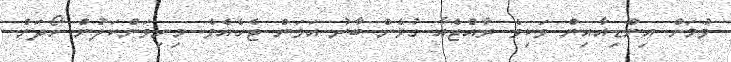
ވުމަށް އިންޑިއާއިން ވަކިވެ ރާއްޖެއާ ގުޅެން ބާރު އަޅަން ޖެހެއެވެ. މިނިވަންކަލުން ހޯދަން